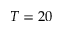
T = 2 0